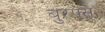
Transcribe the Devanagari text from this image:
बुरफ्स